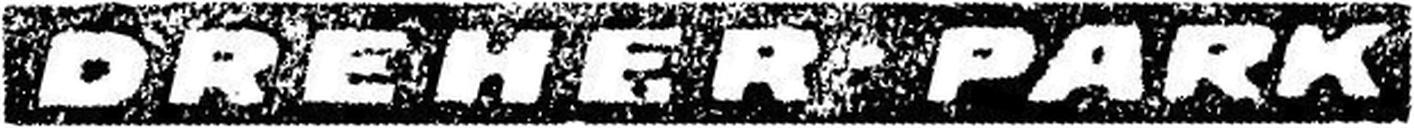
DREHER-PARK